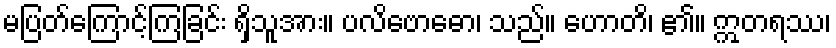
မပြတ်ကြောင့်ကြခြင်း ရှိသူအား။ ပလိဗောဓော၊ သည်။ ဟောတိ၊ ၏။ ဣတရဿ၊